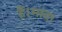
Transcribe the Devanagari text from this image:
हैं।मादा